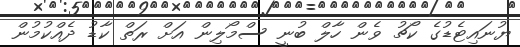
ޔުނައިޓެޑުގެ ކޯޗު ވެން ހާލް ބުނީ ސްމޯލިން އަށް ރަތް ކާޑު ދެއްކުމުން